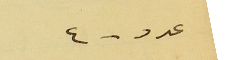
عدد - ٤